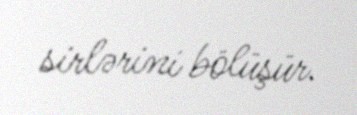
sirlərini bölüşür.